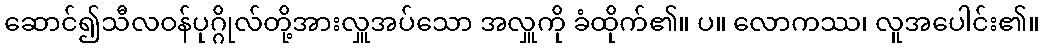
ဆောင်၍သီလဝန်ပုဂ္ဂိုလ်တို့အားလှူအပ်သော အလှူကို ခံထိုက်၏။ ပ။ လောကဿ၊ လူအပေါင်း၏။